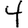
Digit: 4